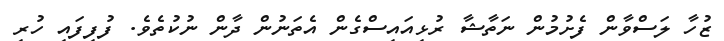
ޒުހާ ލަސްވާން ފެށުމުން ނަތާޝާ ރުޅިއައިސްގެން އެތަނުން ދާން ނުކުތެވެ. ފުފިފައި ހުރި